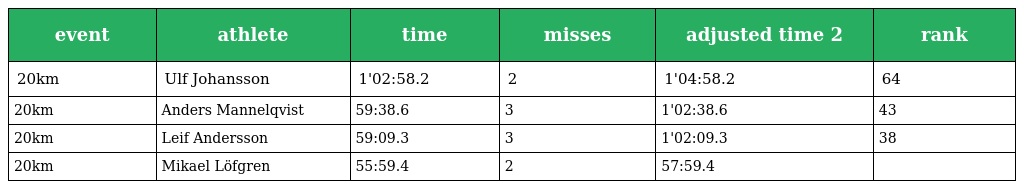
| event | athlete | time | misses | adjusted time 2 | rank |
 | --- | --- | --- | --- | --- | --- |
 | 20km | Ulf Johansson | 1'02:58.2 | 2 | 1'04:58.2 | 64 |
 | 20km | Anders Mannelqvist | 59:38.6 | 3 | 1'02:38.6 | 43 |
 | 20km | Leif Andersson | 59:09.3 | 3 | 1'02:09.3 | 38 |
 | 20km | Mikael Löfgren | 55:59.4 | 2 | 57:59.4 |  |